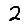
Digit: 2